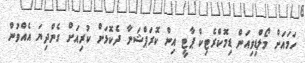
ހަމައަށް މޯލްޑިވިއަން ޑިމޮކްރެޓިކް ޕާޓީ އިން ކޮރަޕްޝަނާ ދެކޮޅަށް ކުރިއަށް ގެންދިޔަ އެއްވުން